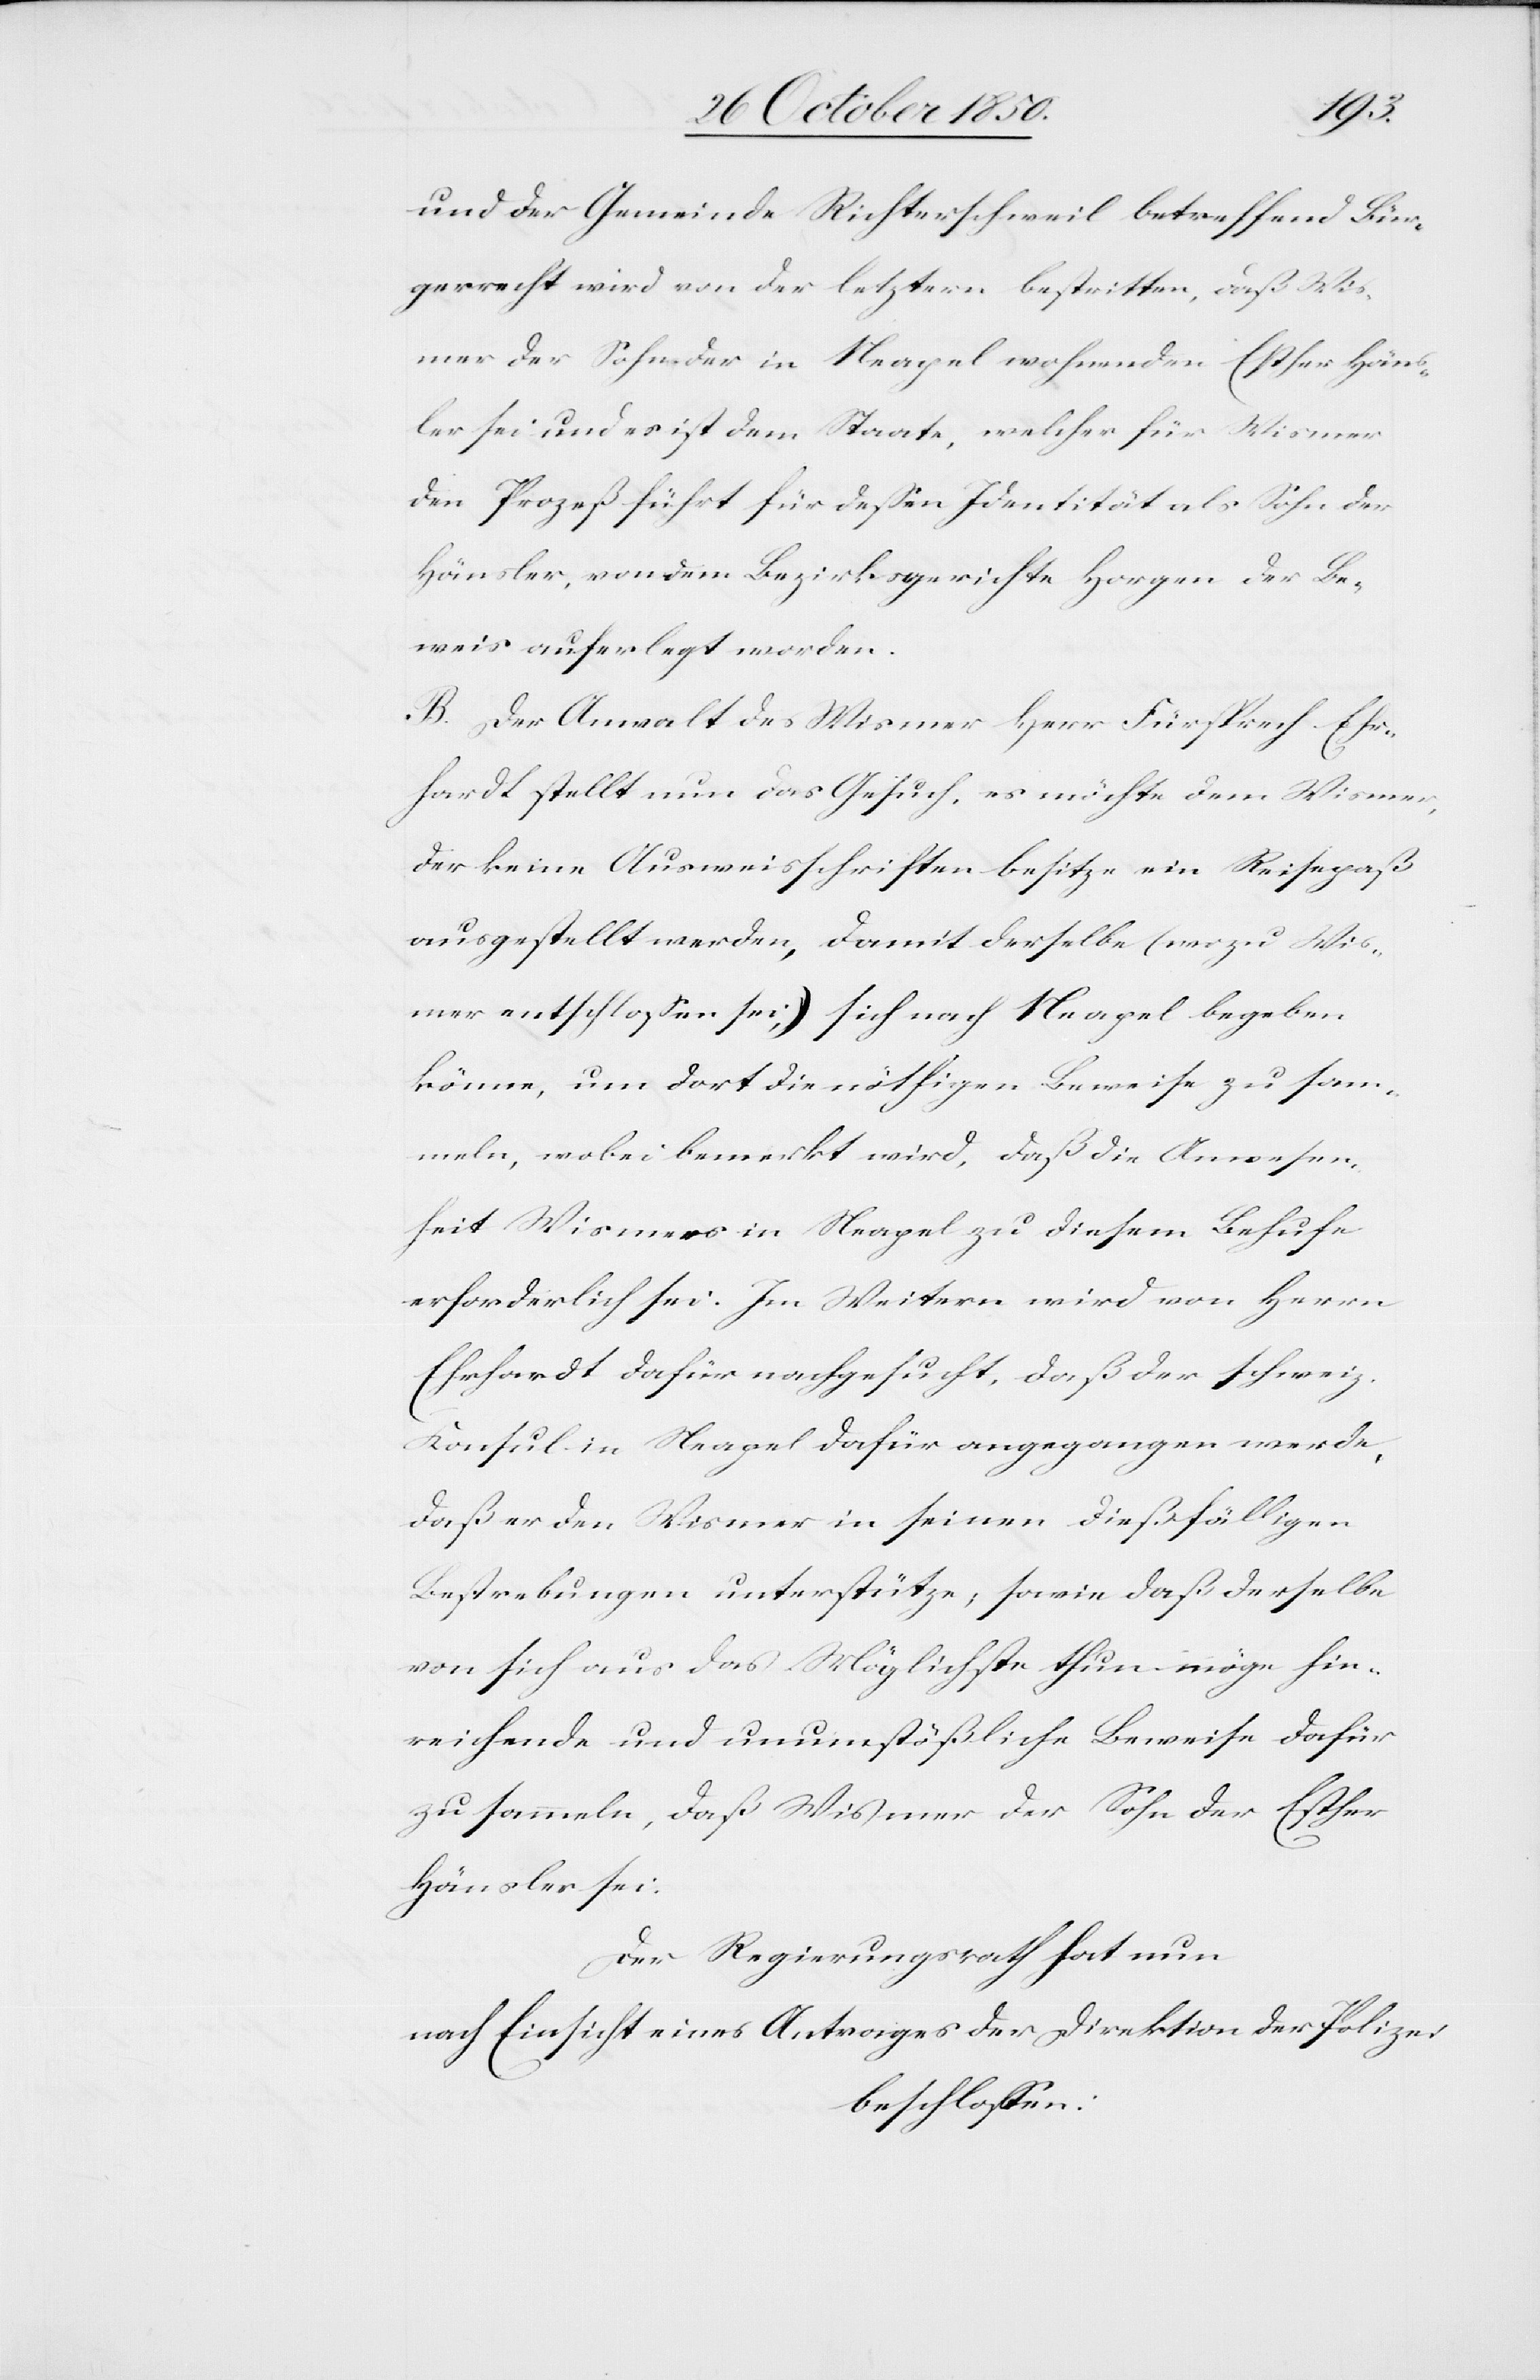
und der Gemeinde Richterschweil betreffend Bür¬
gerrecht wird von der letztern bestritten, daß Wis¬
mer der Sohn der in Neapel wohnenden Esther Häns¬
ler sei und es ist dem Staate, welcher für Wismer
den Prozeß führt für dessen Identität als Sohn der
Hänsler, von dem Bezirksgerichte Horgen der Be¬
weis auferlegt worden.
B. Der Anwalt des Wismer Herr Fürsprech Ehr¬
hardt stellt nun das Gesuch, es möchte dem Wismer,
der keine Ausweisschriften besitze ein Reisepaß
ausgestellt werden, damit derselbe (wozu Wis¬
mer entschlossen sei,) sich nach Neapel begeben
könne, um dort die nöthigen Beweise zu sam¬
meln, wobei bemerkt wird, daß die Anwesen¬
heit Wismers in Neapel zu diesem Behufe
erforderlich sei. Im Weitern wird von Herrn
Ehrhardt dafür nachgesucht, daß der schweiz.
Konsul in Neapel dafür angegangen werde,
daß er den Wismer in seinen dießfälligen
Bestrebungen unterstützte; sowie daß derselbe
von sich aus das Möglichste thun möge hin¬
reichende und unumstößliche Beweise dafür
zu sammeln, daß Wismer der Sohn der Esther
Hänsler sei.
Der Regierungsrath hat nun
nach Einsicht eines Antrages der Direktion der Polizei
beschlossen: